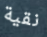
نقية